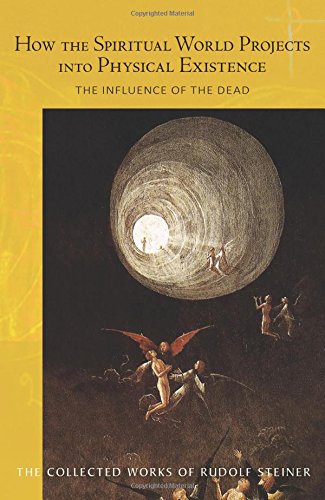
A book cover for How the Spiritual World Projects Into Physical Existence: The Influence of the Dead (Collected Works of Rudolf Steiner); Rudolf Steiner; Religion & Spirituality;